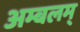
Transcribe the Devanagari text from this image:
अम्बलम्